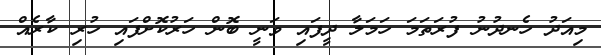
މިއަދު ހެނދުނު ފުރަތަމަ ހަމަލާ ދީފައި ވަނީ ބޮން ހަރުކޮށްފައި ހުރި ކާރެއް